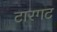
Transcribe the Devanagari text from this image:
टारगट